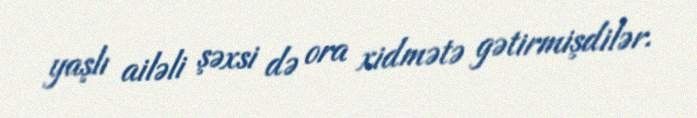
yaşlı ailəli şəxsi də ora xidmətə gətirmişdilər.